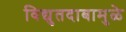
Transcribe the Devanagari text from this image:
विद्युतदाबामुळे